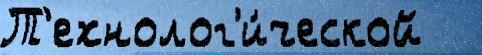
Т'ехнолог'и́ческой